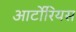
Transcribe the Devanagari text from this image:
आर्टोरियस